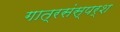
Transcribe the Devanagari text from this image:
गात्रसंस्पर्श